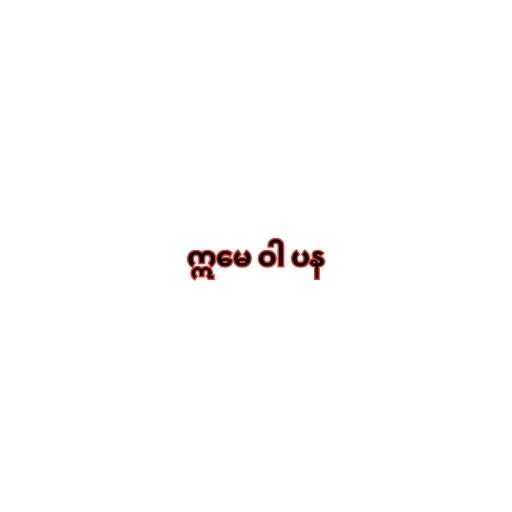
ဣမေ ဝါ ပန